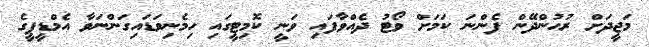
މަޖީދަށް ރުހުންދޭން ފެންނަ ކަމަށް ވޯޓު ދެއްވާފައި ވަނީ ކޮމިޓީގައި ހިމެނިވަޑައިގަންނަވާ އެމްޑީޕީގެ